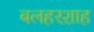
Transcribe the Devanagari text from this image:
बलहरशाह